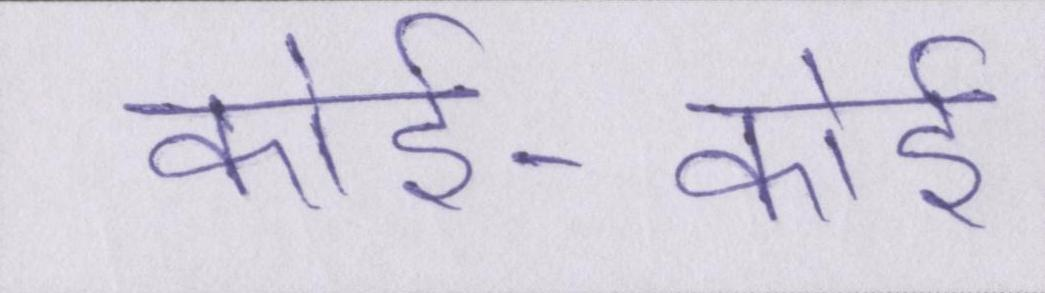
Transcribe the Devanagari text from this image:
कोई-कोई